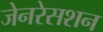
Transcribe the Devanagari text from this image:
जेनरेसशन